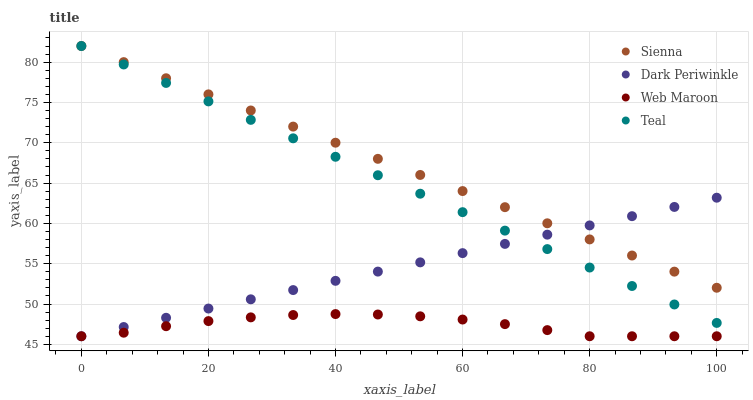
| xaxis_label | Sienna | Dark Periwinkle | Web Maroon | Teal |
 | --- | --- | --- | --- | --- |
 | 0 | 82 | 46 | 46 | 82 |
 | 6.67 | 80 | 47.1 | 46.4 | 79.7 |
 | 13.3 | 78 | 48.3 | 47.2 | 77.4 |
 | 20 | 76 | 49.4 | 47.9 | 75.1 |
 | 26.7 | 74 | 50.6 | 48.3 | 72.8 |
 | 33.3 | 72 | 51.7 | 48.6 | 70.6 |
 | 40 | 70 | 52.9 | 48.8 | 68.3 |
 | 46.7 | 68 | 54 | 48.7 | 66 |
 | 53.3 | 66 | 55.2 | 48.5 | 63.7 |
 | 60 | 64 | 56.3 | 48.1 | 61.4 |
 | 66.7 | 62 | 57.5 | 47.5 | 59.1 |
 | 73.3 | 60 | 58.6 | 46.8 | 56.8 |
 | 80 | 58 | 59.7 | 46 | 54.5 |
 | 86.7 | 56 | 60.9 | 46 | 52.2 |
 | 93.3 | 54 | 62 | 46 | 49.9 |
 | 100 | 52 | 63.2 | 46 | 47.7 |